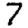
Digit: 7